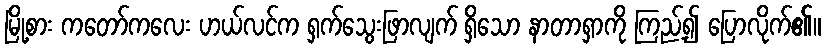
မြို့စား ကတော်ကလေး ဟယ်လင်က ရှက်သွေးဖြာလျက် ရှိသော နာတာရှာကို ကြည့်၍ ပြောလိုက်၏။